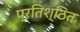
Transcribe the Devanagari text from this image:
प्रतिश्ठित